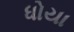
ધોયા